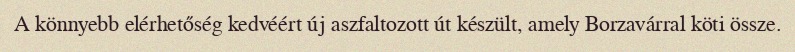
A könnyebb elérhetőség kedvéért új aszfaltozott út készült, amely Borzavárral köti össze.